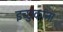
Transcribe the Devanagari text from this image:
इच्छुकांना